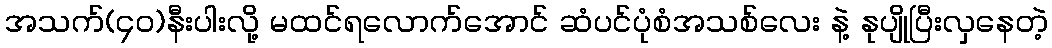
အသက်(၄၀)နီးပါးလို့ မထင်ရလောက်အောင် ဆံပင်ပုံစံအသစ်လေး နဲ့ နုပျိုပြီးလှနေတဲ့